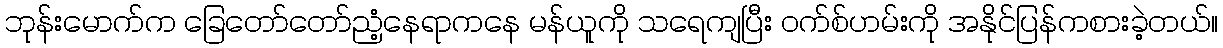
ဘုန်းမောက်က ခြေတော်တော်ညံ့နေရာကနေ မန်ယူကို သရေကျပြီး ဝက်စ်ဟမ်းကို အနိုင်ပြန်ကစားခဲ့တယ်။